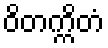
ဝိတက္ကိတံ